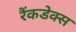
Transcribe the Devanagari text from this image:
रैंकडेक्स